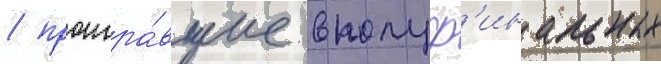
/ проигра́вшие в полуф'инальных